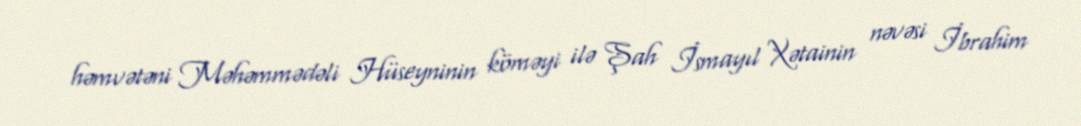
həmvətəni Məhəmmədəli Hüseyninin köməyi ilə Şah İsmayıl Xətainin nəvəsi İbrahim